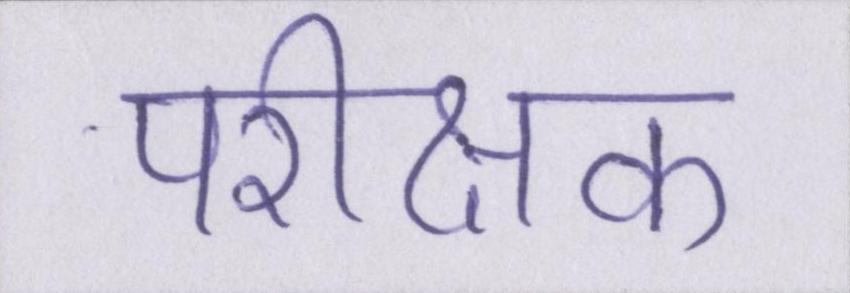
परीक्षक